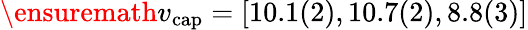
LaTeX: \ensuremath{v_{\mathrm{cap}}}=[10.1(2),10.7(2),8.8(3)]